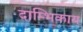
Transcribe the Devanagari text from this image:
दाम्भिकाय